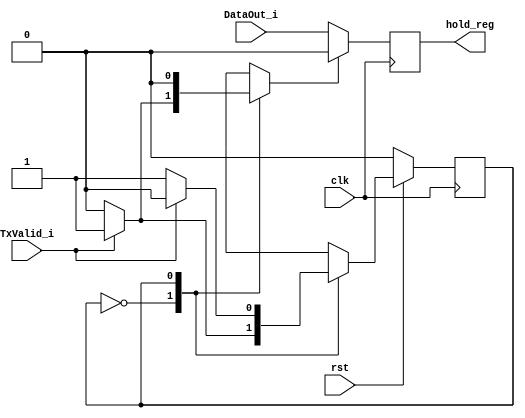

// test case generated from IWLS 2005 usb_phy core
// (triggered a bug in opt_muxtree pass)

module usb_tx_phy(clk, rst, DataOut_i, TxValid_i, hold_reg);

input		clk;
input		rst;
input		DataOut_i;
input		TxValid_i;
output reg	hold_reg;

reg		state, next_state;
reg		ld_sop_d;
reg		ld_data_d;

always @(posedge clk)
	if(ld_sop_d)
		hold_reg <= 0;
	else
		hold_reg <= DataOut_i;

always @(posedge clk)
	if(!rst)	state <= 0;
	else		state <= next_state;

always @(state or TxValid_i)
   begin
	next_state = state;

	ld_sop_d = 1'b0;
	ld_data_d = 1'b0;

	case(state)	// synopsys full_case parallel_case
	   0:
			if(TxValid_i)
			   begin
				ld_sop_d = 1'b1;
				next_state = 1;
			   end
	   1:
			if(TxValid_i)
			   begin
				ld_data_d = 1'b1;
				next_state = 0;
			   end
	endcase
   end

endmodule


// test case inspired by softusb_navre code:
// default not as last case

module default_cases(a, y);

input [2:0] a;
output reg [3:0] y;

always @* begin
	case (a)
		3'b000, 3'b111: y <= 0;
		default: y <= 4;
		3'b001: y <= 1;
		3'b010: y <= 2;
		3'b100: y <= 3;
	endcase
end

endmodule


// test case for muxtree with select on leaves

module select_leaves(input R, C, D, output reg Q);
	always @(posedge C)
		if (!R)
			Q <= R;
		else
			Q <= Q ? Q : D ? D : Q;
endmodule